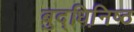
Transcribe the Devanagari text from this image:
बुद्धिनि़ष्ठ